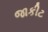
જાકીટ